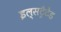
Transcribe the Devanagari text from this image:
इल्सट्रैटेड